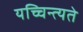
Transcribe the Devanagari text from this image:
यच्चिन्त्यते